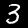
Label: 3